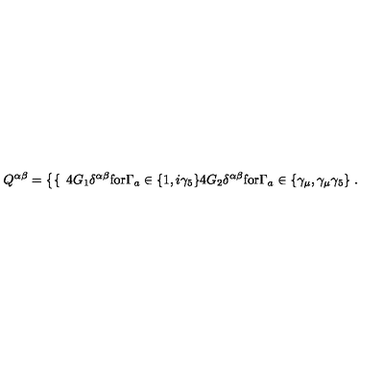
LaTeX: Q ^ { \alpha \beta } = \left\{ \begin{cases} { } & { { } 4 G _ { 1 } \delta ^ { \alpha \beta } \mathrm { f o r } \Gamma _ { a } \in \{ 1 , i \gamma _ { 5 } \} } \\ { } & { { } 4 G _ { 2 } \delta ^ { \alpha \beta } \mathrm { f o r } \Gamma _ { a } \in \{ \gamma _ { \mu } , \gamma _ { \mu } \gamma _ { 5 } \} } \\ \end{cases} \right. .